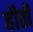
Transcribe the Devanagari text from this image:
हीती